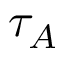
\tau _ { A }